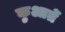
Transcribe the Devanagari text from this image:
कुआर्ते